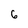
Character: 6